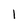
Character: l